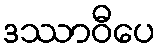
ဒဿာဝီပေ